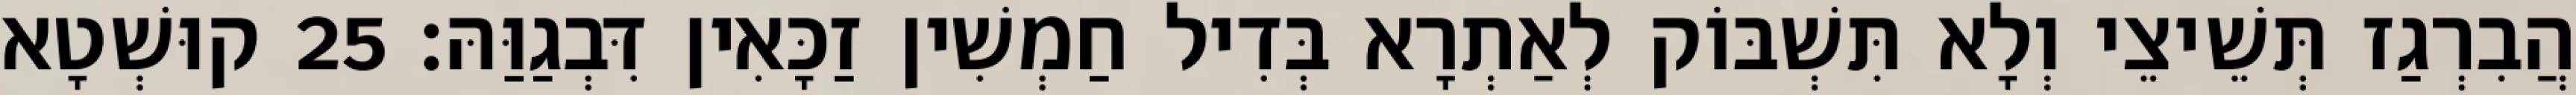
הֲבִרְגַז תְּשֵׁיצֵי וְלָא תִּשְׁבּוֹק לְאַתְרָא בְּדִיל חַמְשִׁין זַכָּאִין דִּבְגַוַּהּ׃ 25 קוּשְׁטָא